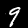
Label: 9